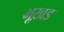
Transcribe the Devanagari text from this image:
भूख़ड